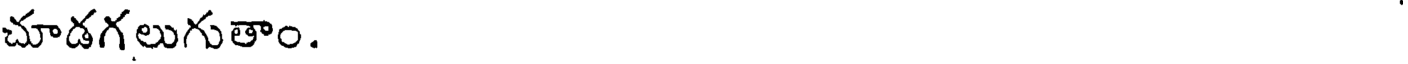
చూడగలుగుతాం.